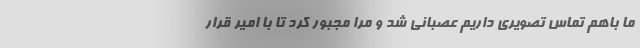
ما باهم تماس تصویری داریم عصبانی شد و مرا مجبور کرد تا با امیر قرار